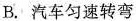
B.汽车匀速转弯